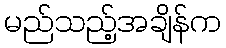
မည်သည့်အချိန်က